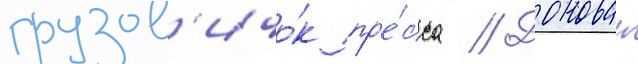
грузов'ичо́к пр'е́сса // Донован